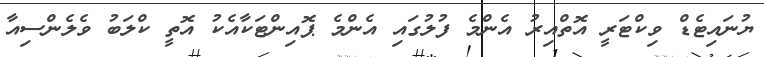
ޔުނައިޓެޑް ވިކްޓަރީ އޮތްއިރު އެންމެ ފުލުގައި އެންމެ ޕޮއިންޓަކާއެކު އޮތީ ކްލަބު ވެލެންސިއާ